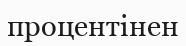
процентінен